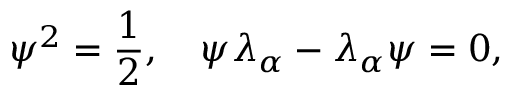
\psi ^ { 2 } = { \frac { 1 } { 2 } } , \quad \psi \lambda _ { \alpha } - \lambda _ { \alpha } \psi = 0 ,